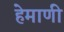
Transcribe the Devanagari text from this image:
हेमाणी